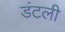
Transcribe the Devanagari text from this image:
डंटली